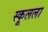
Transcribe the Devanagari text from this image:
स्कूलला